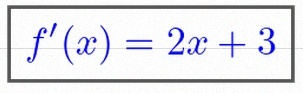
f'(x)=2x+3